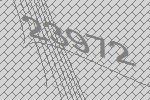
23972